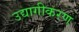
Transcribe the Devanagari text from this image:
उद्यागीकरण